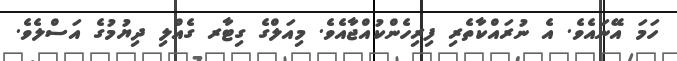
ހަމަ އޭނައެވެ. އެ ނުރައްކާތެރި ފިރިހެންކުއްޖާއެވެ. މިއަލްގެ ގިޓާރ ގެއްލި ދިޔުމުގެ އަސްލެވެ.